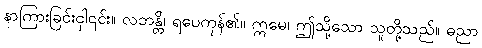
နာကြားခြင်းငှါ၎င်း။ လဘန္တိ၊ ရပေကုန်၏။ ဣမေ၊ ဤသို့သော သူတို့သည်။ ဓညာ